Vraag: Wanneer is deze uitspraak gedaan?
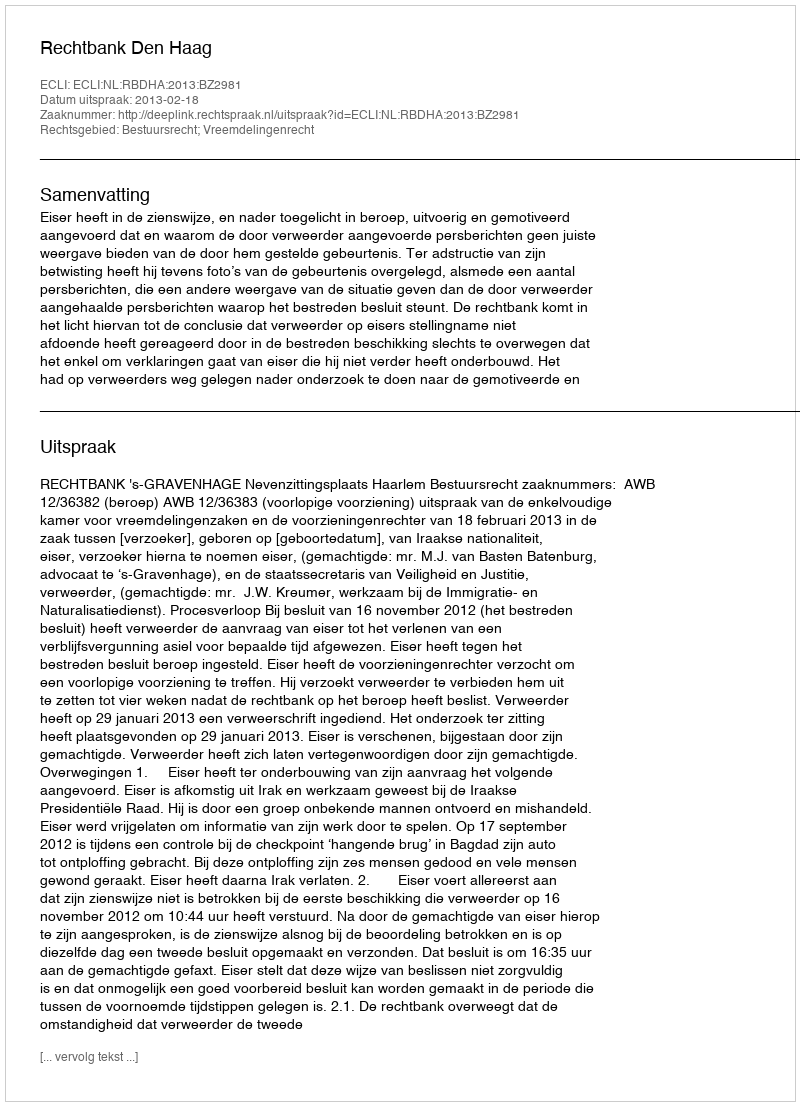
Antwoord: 2013-02-18